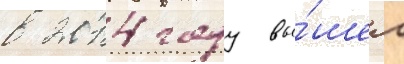
в 2014 году вы́шел